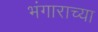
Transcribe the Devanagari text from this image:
भंगाराच्या